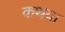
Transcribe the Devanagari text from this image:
कथया